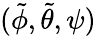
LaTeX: (\tilde{\phi},\tilde{\theta},\psi)